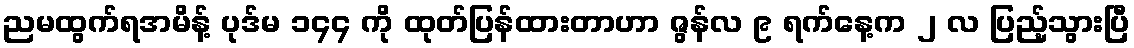
ညမထွက်ရအမိန့် ပုဒ်မ ၁၄၄ ကို ထုတ်ပြန်ထားတာဟာ ဇွန်လ ၉ ရက်နေ့က ၂ လ ပြည့်သွားပြီ